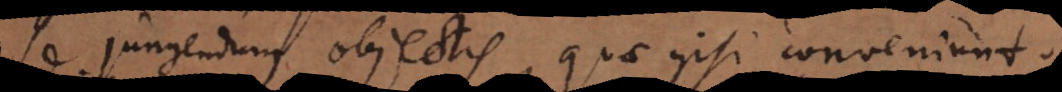
se jungendum objectis, quae ipsi conveniunt